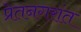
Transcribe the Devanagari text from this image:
प्रेतनगरांत